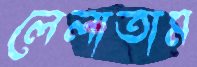
লেলাতাম